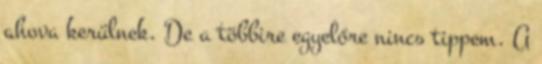
ahova kerülnek. De a többire egyelőre nincs tippem. A